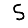
Digit: 5